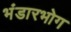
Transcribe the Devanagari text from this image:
भंडारभोग